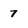
Character: 7